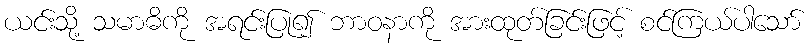
ယင်းသို့ သမာဓိကို အရင်းပြု၍ ဘာဝနာကို အားထုတ်ခြင်းဖြင့် စင်ကြယ်ပါသော်